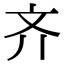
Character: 齐